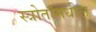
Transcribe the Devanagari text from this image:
स्त्रोतांमधील